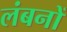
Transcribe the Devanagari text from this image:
लंबनों